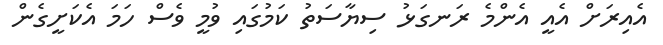
އެއިރަށް އެއީ އެންމެ ރަނގަޅު ސިޔާސަތު ކަމުގައި ވުމީ ވެސް ހަމަ އެކަށީގެން